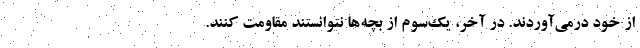
از خود درمی‌آوردند. در آخر، یک‌سوم از بچه‌ها نتوانستند مقاومت کنند.